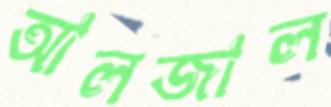
আলজাল